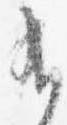
有